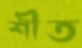
শীত